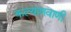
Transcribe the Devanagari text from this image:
कल्याणवाणी